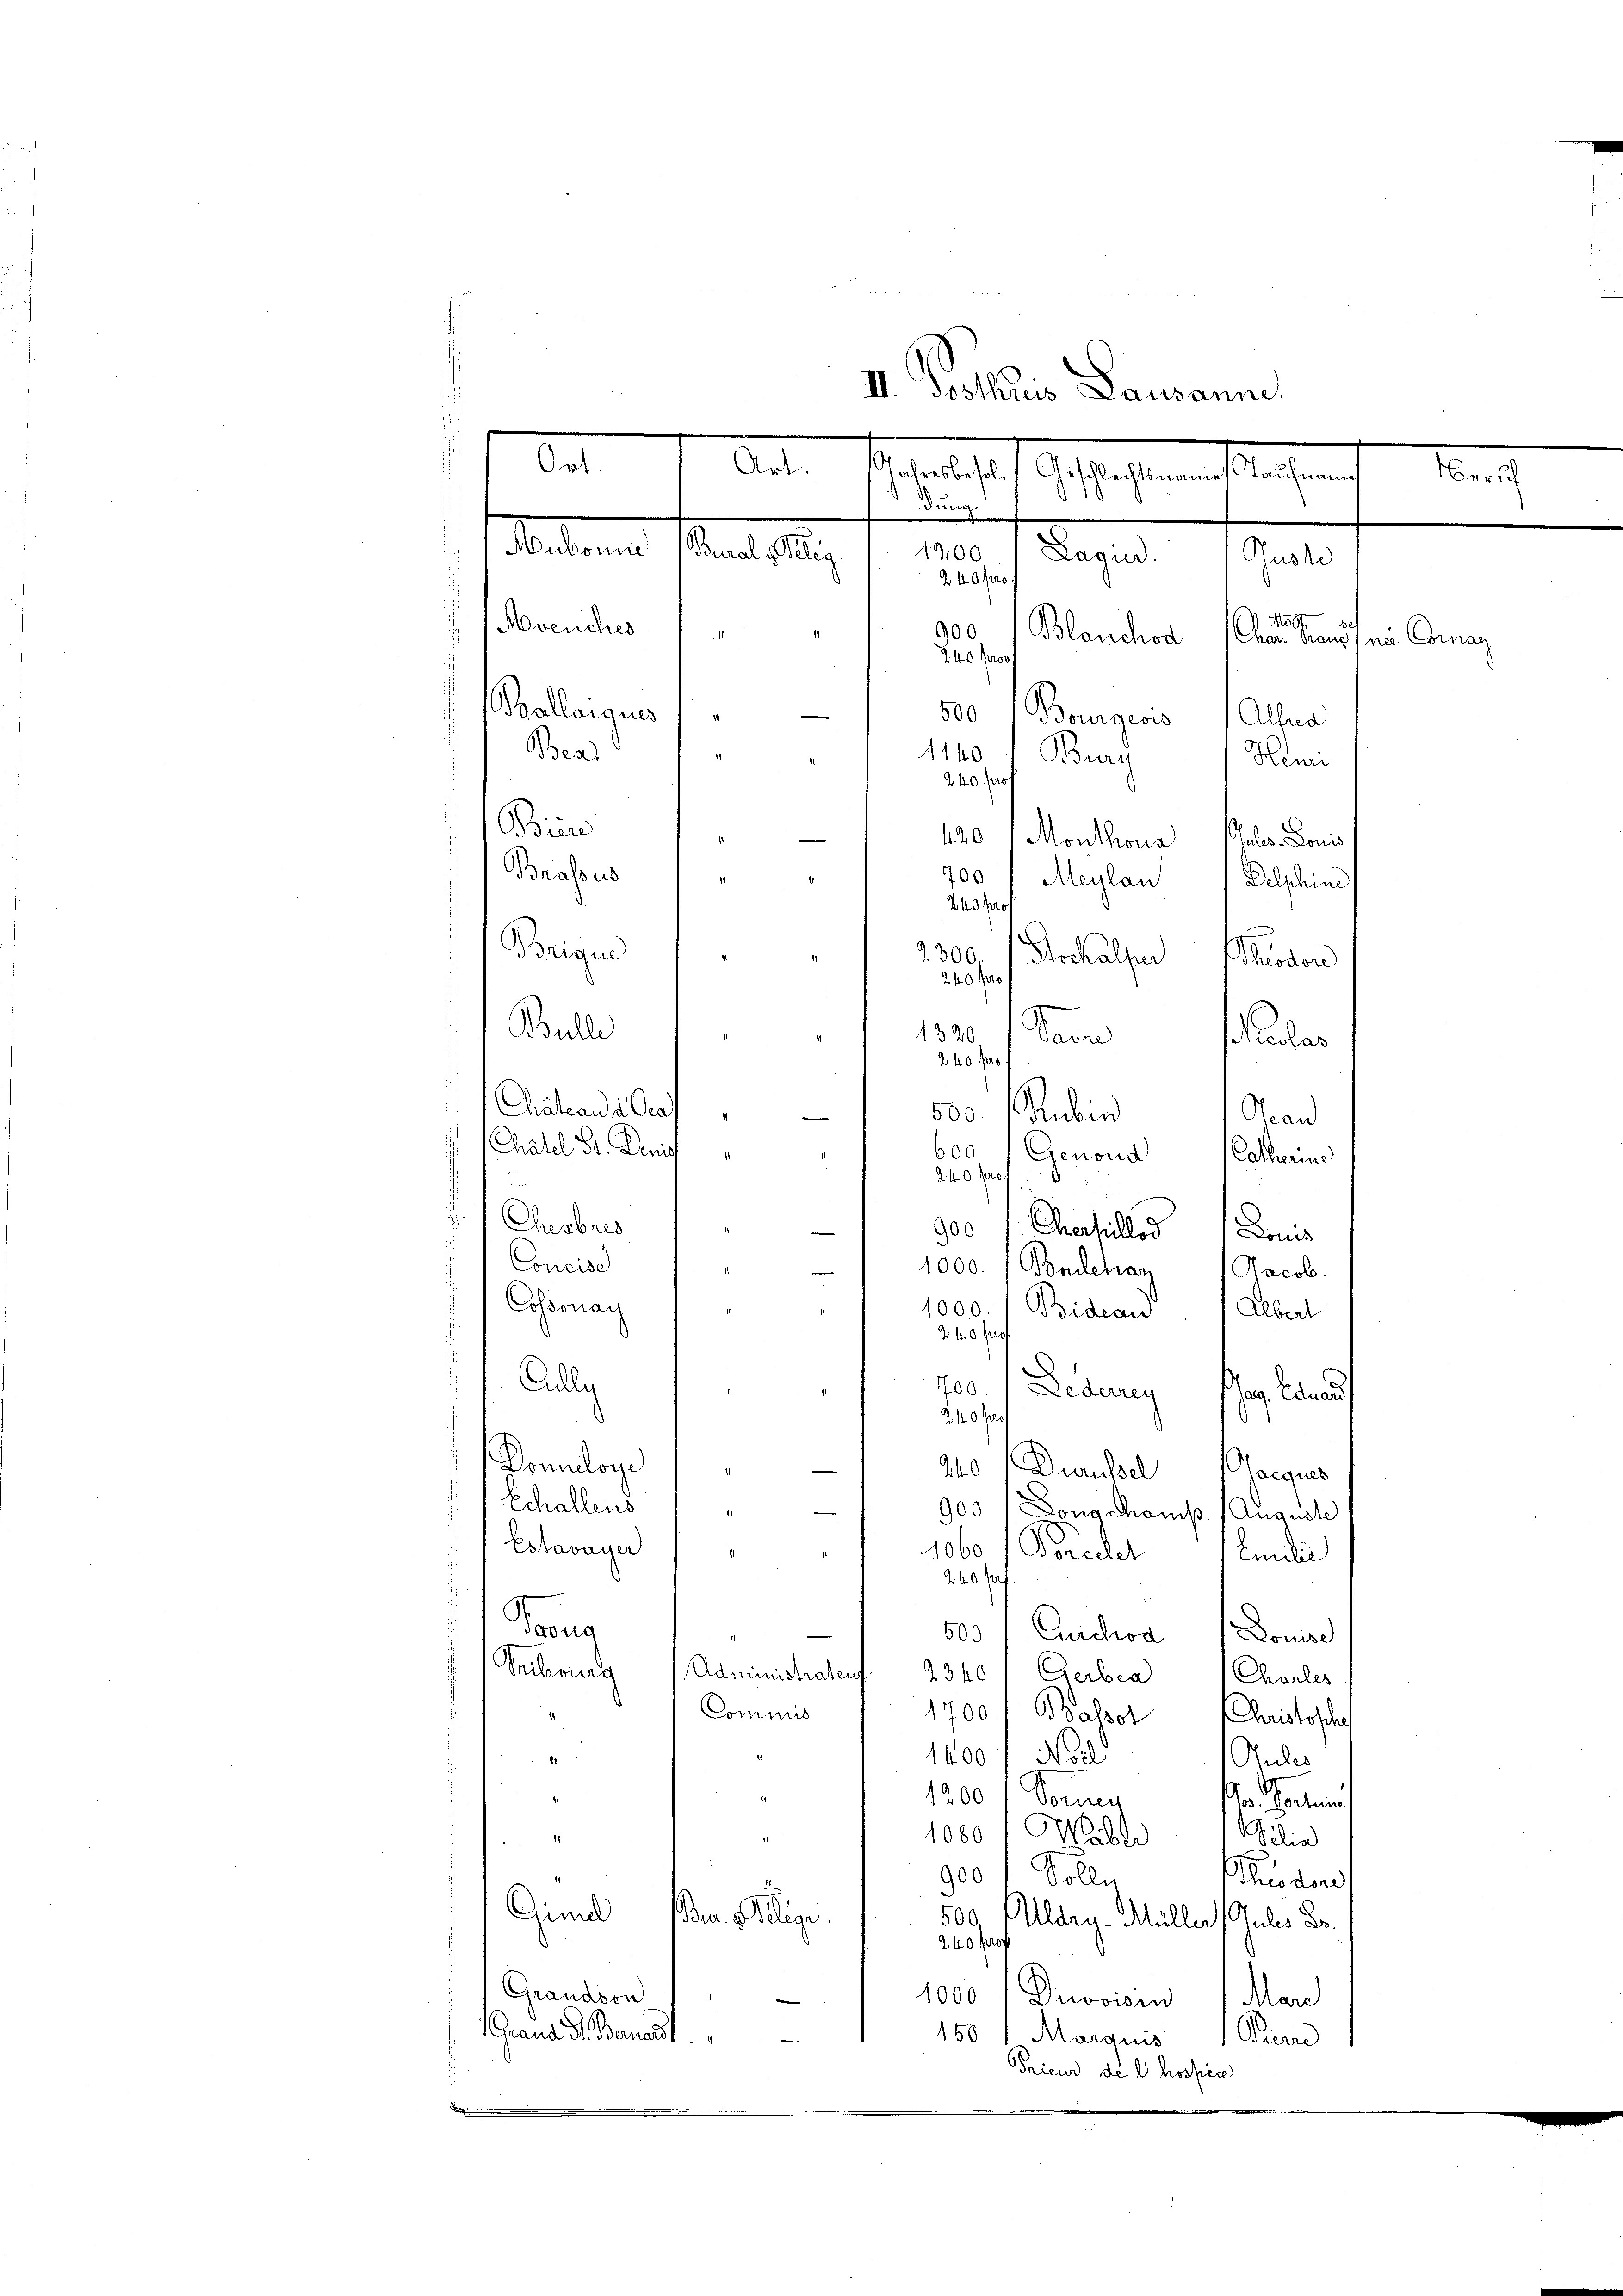
II Dotharis Pausanne
 7 Art.
a
Gefectementlichen
March
dung.
Weiterun
Den 1
1200
Segen
240 f
Most
venches
900.
Blanchod
Chun haus nie Coman
240 f
(Ballergus
e
500 Bourgeois (Alsna
Bear
1140
Bure
Hemi
240 Prof
Bin
e
140 (Monthous als Louis

Brassus
2
700 1 Meylan
11
Delphine,
240 Prof
.
Beigen
2300.
Stockhalper
.
Theodor
240 pro
s
Bulle
1320.
dam
2
Paler
240 fr
Chateau d. Graf
500. Rubin
Scan
Chatel St. Wenig
600
Genond
Catherins
240 frs.
n
Chesbres
e
900 f: Ehrerseillod Doms
.
Concise
e
1000. (Bondchar Jacob.
E
Cossonay
1000.
Bidean Albert
440 f
Cully
700. / Lederey Pag. Eduard
240 f
Pomiloye
e
240 f. Draussel acques
Echallens
.
900 (Long champ (Auguste
Estavayer
1060
Precht
.
¬
Emilie
240 Pas
ans
500
Curchoa Louise
e
Fribourg (Administrateuf 2340 " Gerbea Charles
Commis
1700. Balsot Christophe
1400f Noil
21
Pules
h
1200 / Vornen
dr. Seiten
1080 / Walte Filia
11
17
900 / Solly
Schieden
u
Gindl
Bra. Gelege.
500
Ulden-Müller Gutes Er
240 fr
Grandson
1000 Duvoisin (Mar
Grand St. Banandt
150 Marquis Pierre
Trieur de li hospice